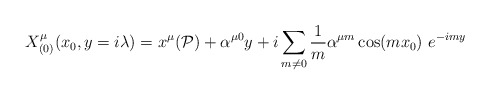
\begin{align*}X_{(0)}^{\mu }(x_{0},y=i\lambda )=x^{\mu }(\mathcal{P})+\alpha ^{\mu0}y+i\sum_{m\neq 0}\frac{1}{m}\alpha ^{\mu m}\cos (mx_{0})\ e^{-imy}\end{align*}